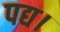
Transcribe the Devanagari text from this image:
पद्य।